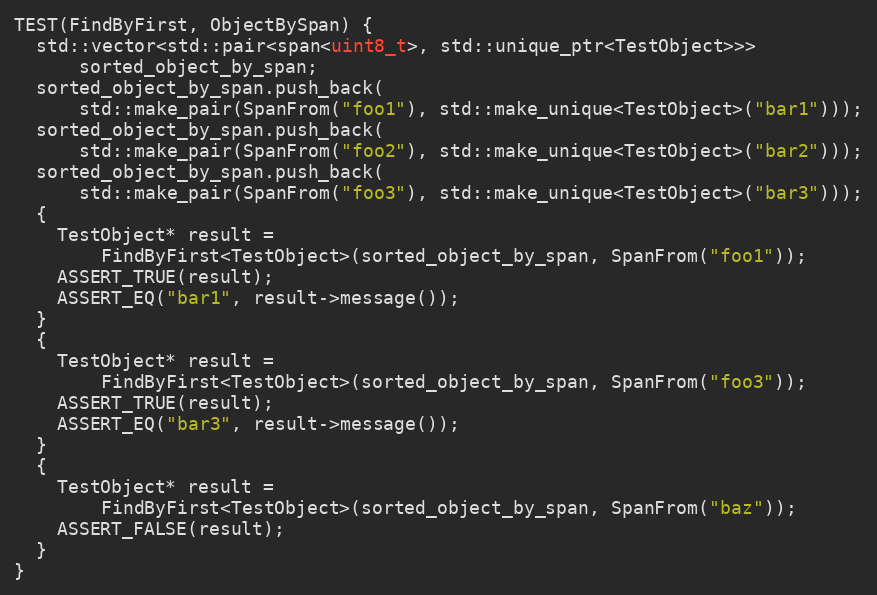
Language: C++
TEST(FindByFirst, ObjectBySpan) {
  std::vector<std::pair<span<uint8_t>, std::unique_ptr<TestObject>>>
      sorted_object_by_span;
  sorted_object_by_span.push_back(
      std::make_pair(SpanFrom("foo1"), std::make_unique<TestObject>("bar1")));
  sorted_object_by_span.push_back(
      std::make_pair(SpanFrom("foo2"), std::make_unique<TestObject>("bar2")));
  sorted_object_by_span.push_back(
      std::make_pair(SpanFrom("foo3"), std::make_unique<TestObject>("bar3")));
  {
    TestObject* result =
        FindByFirst<TestObject>(sorted_object_by_span, SpanFrom("foo1"));
    ASSERT_TRUE(result);
    ASSERT_EQ("bar1", result->message());
  }
  {
    TestObject* result =
        FindByFirst<TestObject>(sorted_object_by_span, SpanFrom("foo3"));
    ASSERT_TRUE(result);
    ASSERT_EQ("bar3", result->message());
  }
  {
    TestObject* result =
        FindByFirst<TestObject>(sorted_object_by_span, SpanFrom("baz"));
    ASSERT_FALSE(result);
  }
}